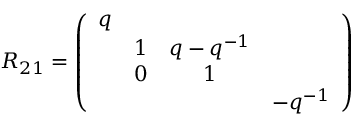
R _ { 2 1 } = \left( \begin{array} { c c c c } { { q } } & { { } } & { { } } & { { } } \\ { { } } & { { 1 } } & { { q - q ^ { - 1 } } } & { { } } \\ { { } } & { { 0 } } & { { 1 } } & { { } } \\ { { } } & { { } } & { { } } & { { - q ^ { - 1 } } } \end{array} \right)